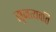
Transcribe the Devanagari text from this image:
सृजत्यवति